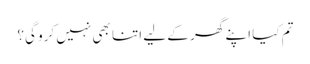
تم کیا اپنے گھر کے لیے اتنا بھی نہیں کرو گی؟